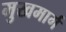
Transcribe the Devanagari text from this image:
मुखमार्ग